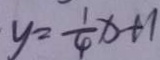
y = \frac { 1 } { 4 } x + 1